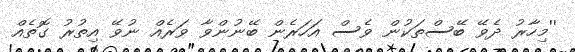
''މިހާރު ދެވޭ ބޭސްތަކުން ވެސް އަހަރެން ބޭނުންވާ ވަރެއް ނުވޭ އިތުރު ގޮތެއް